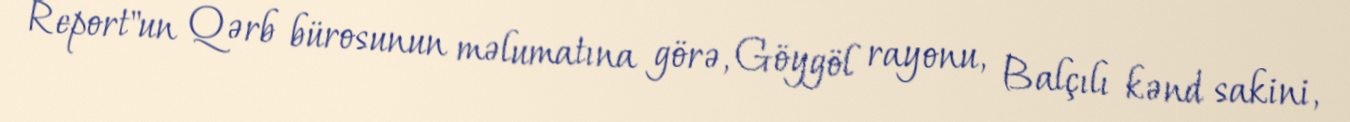
Report"un Qərb bürosunun məlumatına görə, Göygöl rayonu, Balçılı kənd sakini,